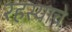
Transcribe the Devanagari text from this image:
रहस्याचे